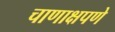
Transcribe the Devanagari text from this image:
चाणाक्षपणे